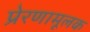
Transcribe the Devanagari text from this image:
प्रेरणामूलक